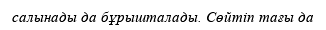
салынады да бұрышталады. Сөйтіп тағы да